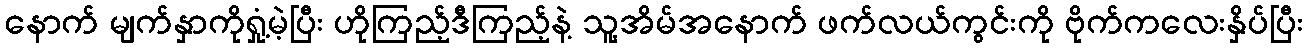
နောက် မျက်နှာကိုရှုံ့မဲ့ပြီး ဟိုကြည့်ဒီကြည့်နဲ့ သူ့အိမ်အနောက် ဖက်လယ်ကွင်းကို ဗိုက်ကလေးနှိပ်ပြီး